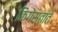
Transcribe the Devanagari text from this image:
किगेस्ताते